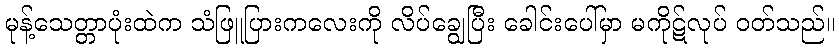
မုန့်သေတ္တာပုံးထဲက သံဖြူပြားကလေးကို လိပ်ချွေပြီး ခေါင်းပေါ်မှာ မကိုဋ်လုပ် ဝတ်သည်။